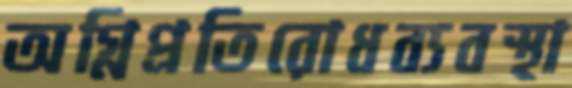
অগ্নিপ্রতিরোধব্যবস্থা